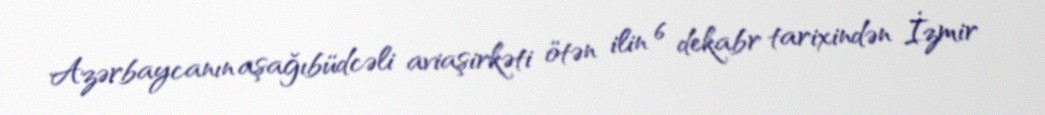
Azərbaycanın aşağıbüdcəli aviaşirkəti ötən ilin 6 dekabr tarixindən İzmir